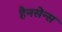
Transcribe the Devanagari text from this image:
हैनसेन्स